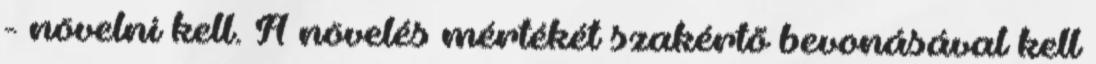
- növelni kell. A növelés mértékét szakértõ bevonásával kell